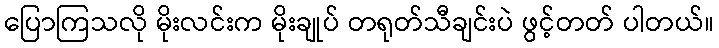
ပြောကြသလို မိုးလင်းက မိုးချုပ် တရုတ်သီချင်းပဲ ဖွင့်တတ် ပါတယ်။